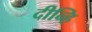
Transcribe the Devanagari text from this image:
दीन्हि